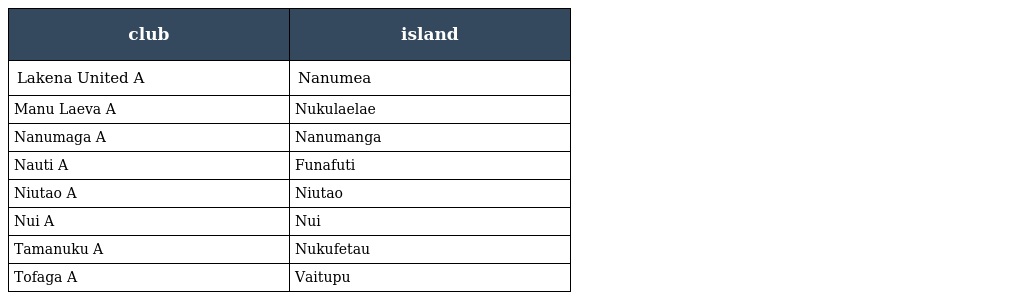
| club | island |
 | --- | --- |
 | Lakena United A | Nanumea |
 | Manu Laeva A | Nukulaelae |
 | Nanumaga A | Nanumanga |
 | Nauti A | Funafuti |
 | Niutao A | Niutao |
 | Nui A | Nui |
 | Tamanuku A | Nukufetau |
 | Tofaga A | Vaitupu |